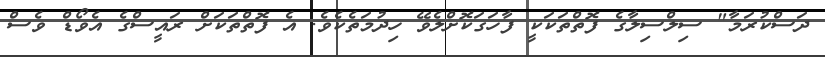
ދަސްކުރަމާ" ސިލްސިލާގެ ފޮތްތަކަކީ ފާހަގަކޮށްލެވޭ ހިދުމަތެކެވެ. އެ ފޮތްތަކަށް ރައީސްގެ އެވޯޑް ވެސް